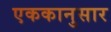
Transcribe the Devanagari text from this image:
एककानुसार